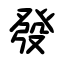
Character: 發